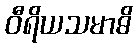
ဝီရိယသမာဓိ